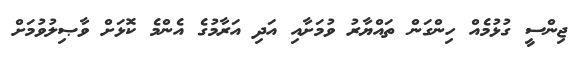
ޖިންސީ ގުޅުމެއް ހިންގަން ތައްޔާރު ވުމަށާއި އަދި އަރާމުގެ އެންމެ ކޮޅަށް ވާޞިލުވުމަށް